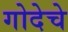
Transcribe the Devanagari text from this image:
गोदेचे